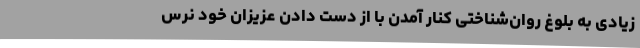
زیادی به بلوغ روان‌شناختی کنار آمدن با از دست دادن عزیزان خود نرس